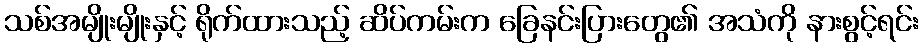
သစ်အမျိုးမျိုးနှင့် ရိုက်ထားသည့် ဆိပ်ကမ်းက ခြေနင်းပြားတွေ၏ အသံကို နားစွင့်ရင်း